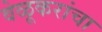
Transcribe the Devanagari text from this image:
वेळूकरांचा